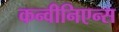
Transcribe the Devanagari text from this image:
कन्वीनिएन्स